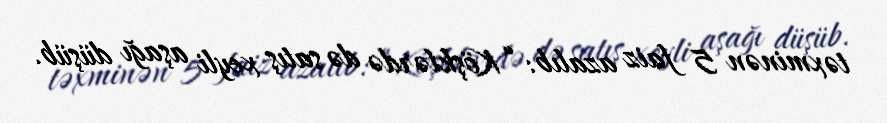
təxminən 5 faiz azalıb: “Köşklərdə də satış xeyli aşağı düşüb.